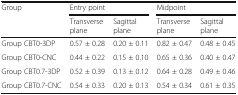
<table><thead><tr><td rowspan="2"><b>Group</b></td><td colspan="2"><b>Entry point</b></td><td colspan="2"><b>Midpoint</b></td></tr><tr><td><b>Transverse plane</b></td><td><b>Sagittal plane</b></td><td><b>Transverse plane</b></td><td><b>Sagittal plane</b></td></tr></thead><tbody><tr><td>Group CBT0-3DP</td><td>0.57 ± 0.28</td><td>0.20 ± 0.11</td><td>0.82 ± 0.47</td><td>0.48 ± 0.45</td></tr><tr><td>Group CBT0-CNC</td><td>0.44 ± 0.22</td><td>0.15 ± 0.10</td><td>0.65 ± 0.36</td><td>0.40 ± 0.47</td></tr><tr><td>Group CBT0.7-3DP</td><td>0.52 ± 0.39</td><td>0.13 ± 0.12</td><td>0.64 ± 0.28</td><td>0.49 ± 0.46</td></tr><tr><td>Group CBT0.7-CNC</td><td>0.54 ± 0.33</td><td>0.20 ± 0.13</td><td>0.54 ± 0.34</td><td>0.61 ± 0.35</td></tr></tbody></table>